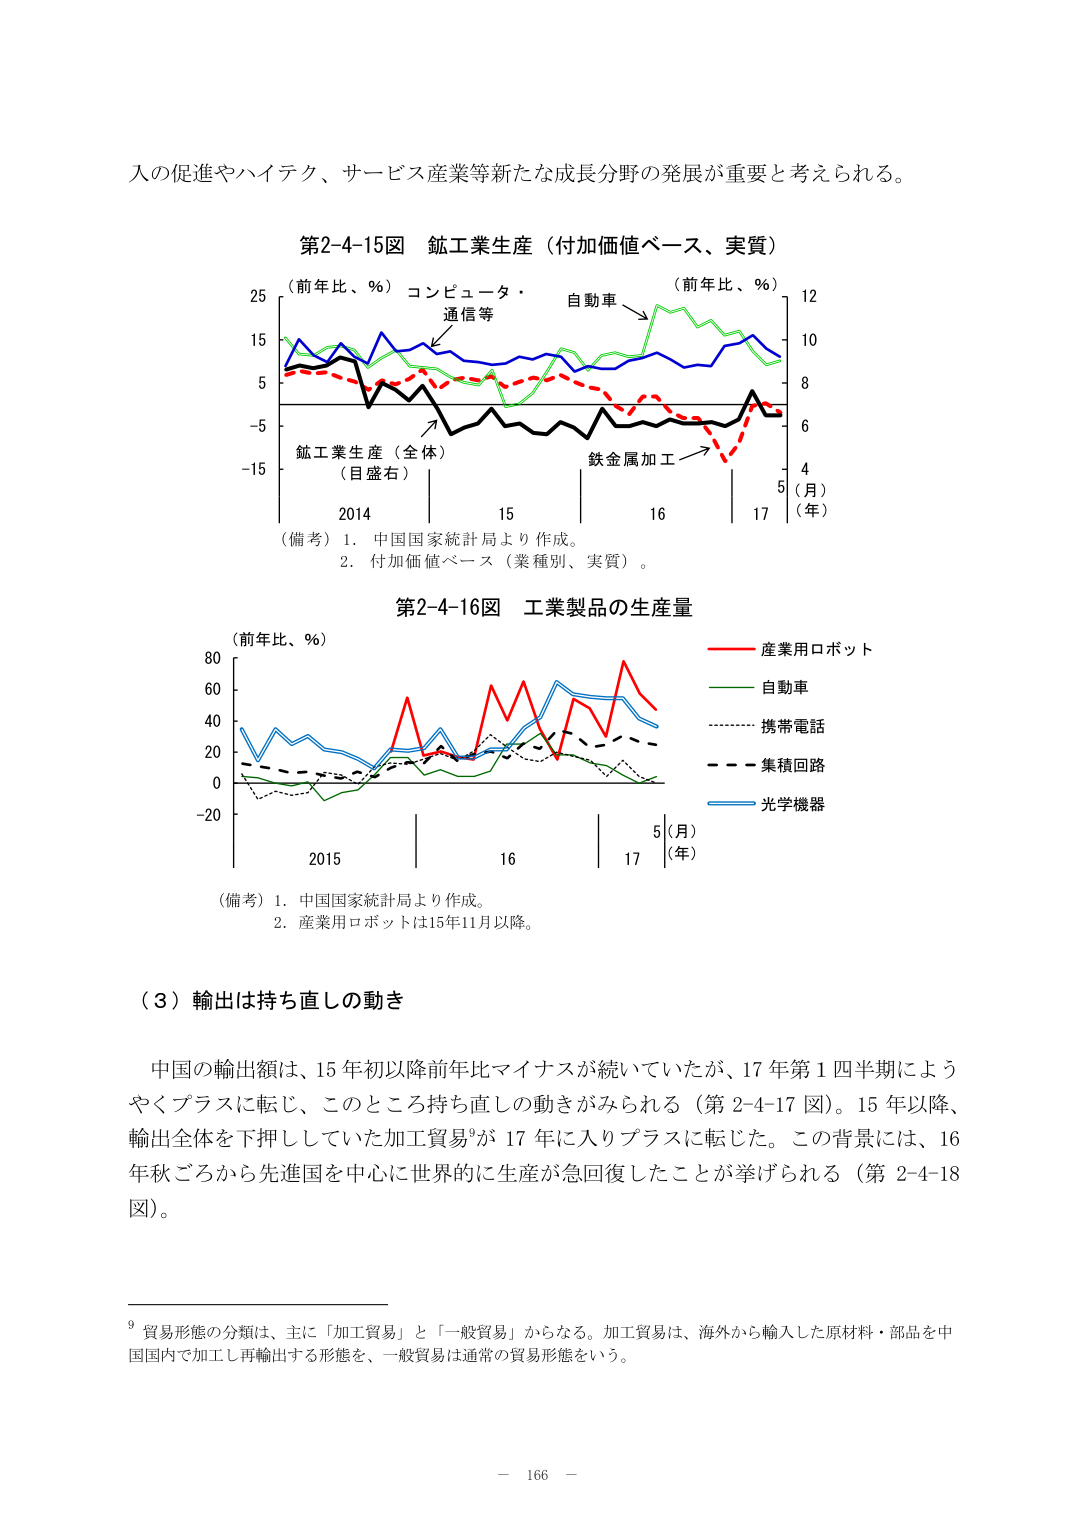
入の促進やハイテク、サービス産業等新たな成長分野の発展が重要と考えられる。

第2-4-15図 鉱工業生産（付加価値ベース、実質）
（前年比、％）コンピュータ・通信等 自動車 （前年比、％）
25
15
5
-5
-15
鉱工業生産（全体）（目盛右）
鉄金属加工
2014 15 16 17
（月）
（年）
（備考）1．中国国家統計局より作成。
2．付加価値ベース（業種別、実質）。

第2-4-16図 工業製品の生産量
（前年比、％）
80
60
40
20
0
-20
2015 16 17
5（月）
（年）
産業用ロボット
自動車
携帯電話
集積回路
光学機器
（備考）1．中国国家統計局より作成。
2．産業用ロボットは15年11月以降。

（３）輸出は持ち直しの動き

中国の輸出額は、15年初以降前年比マイナスが続いていたが、17年第１四半期にようやくプラスに転じ、このところ持ち直しの動きがみられる（第2-4-17図）。15年以降、輸出全体を下押ししていた加工貿易⁹が17年に入りプラスに転じた。この背景には、16年秋ごろから先進国を中心に世界的に生産が急回復したことが挙げられる（第2-4-18図）。

⁹ 貿易形態の分類は、主に「加工貿易」と「一般貿易」からなる。加工貿易は、海外から輸入した原材料・部品を中国国内で加工し再輸出する形態を、一般貿易は通常の貿易形態をいう。

－ 166 －